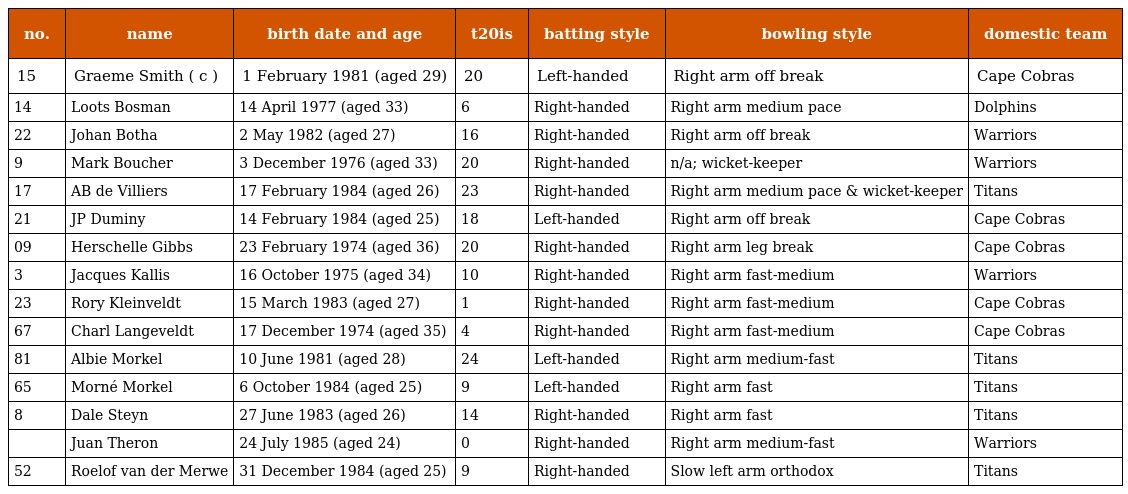
| no. | name | birth date and age | t20is | batting style | bowling style | domestic team |
 | --- | --- | --- | --- | --- | --- | --- |
 | 15 | Graeme Smith ( c ) | 1 February 1981 (aged 29) | 20 | Left-handed | Right arm off break | Cape Cobras |
 | 14 | Loots Bosman | 14 April 1977 (aged 33) | 6 | Right-handed | Right arm medium pace | Dolphins |
 | 22 | Johan Botha | 2 May 1982 (aged 27) | 16 | Right-handed | Right arm off break | Warriors |
 | 9 | Mark Boucher | 3 December 1976 (aged 33) | 20 | Right-handed | n/a; wicket-keeper | Warriors |
 | 17 | AB de Villiers | 17 February 1984 (aged 26) | 23 | Right-handed | Right arm medium pace & wicket-keeper | Titans |
 | 21 | JP Duminy | 14 February 1984 (aged 25) | 18 | Left-handed | Right arm off break | Cape Cobras |
 | 09 | Herschelle Gibbs | 23 February 1974 (aged 36) | 20 | Right-handed | Right arm leg break | Cape Cobras |
 | 3 | Jacques Kallis | 16 October 1975 (aged 34) | 10 | Right-handed | Right arm fast-medium | Warriors |
 | 23 | Rory Kleinveldt | 15 March 1983 (aged 27) | 1 | Right-handed | Right arm fast-medium | Cape Cobras |
 | 67 | Charl Langeveldt | 17 December 1974 (aged 35) | 4 | Right-handed | Right arm fast-medium | Cape Cobras |
 | 81 | Albie Morkel | 10 June 1981 (aged 28) | 24 | Left-handed | Right arm medium-fast | Titans |
 | 65 | Morné Morkel | 6 October 1984 (aged 25) | 9 | Left-handed | Right arm fast | Titans |
 | 8 | Dale Steyn | 27 June 1983 (aged 26) | 14 | Right-handed | Right arm fast | Titans |
 |  | Juan Theron | 24 July 1985 (aged 24) | 0 | Right-handed | Right arm medium-fast | Warriors |
 | 52 | Roelof van der Merwe | 31 December 1984 (aged 25) | 9 | Right-handed | Slow left arm orthodox | Titans |